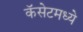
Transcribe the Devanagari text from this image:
कॅसेटमध्ये